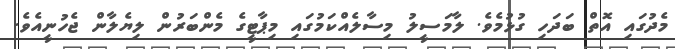
މެދުގައި އޮތް ބަދަހި ގުޅުމެވެ. ލާމަސީލު މިސާލެއްކަމުގައި މިޕާޓީގެ މެންބަރުން ލިޔެލާން ޖެހުނީއެވެ.